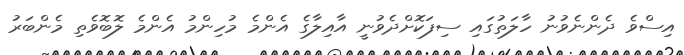
އިސްވެ ދެންނެވުނު ހާލަތުގައި ސިފަކޮށްދެވުނީ އާއިލާގެ އެންމެ މުހިންމު އެންމެ ލޮބޮވެތި މެންބަރު